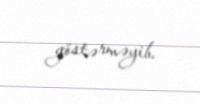
göstərməyib.